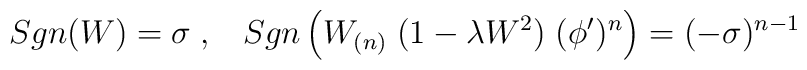
Sgn (W) = \sigma  \; , \; \; \; Sgn \left(W_{(n)} \; (1 - \lambda W^2) \; (\phi')^n\right) = (- \sigma)^{n - 1}